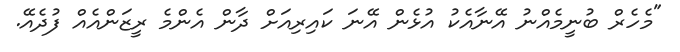
"މެހެރް ބުނީމެއްނު އޭނާއެކު އުޅެން އޭނަ ކައިރިއަށް ދާން އެންމެ ރީޒަންއެއް ފުދެއޭ.